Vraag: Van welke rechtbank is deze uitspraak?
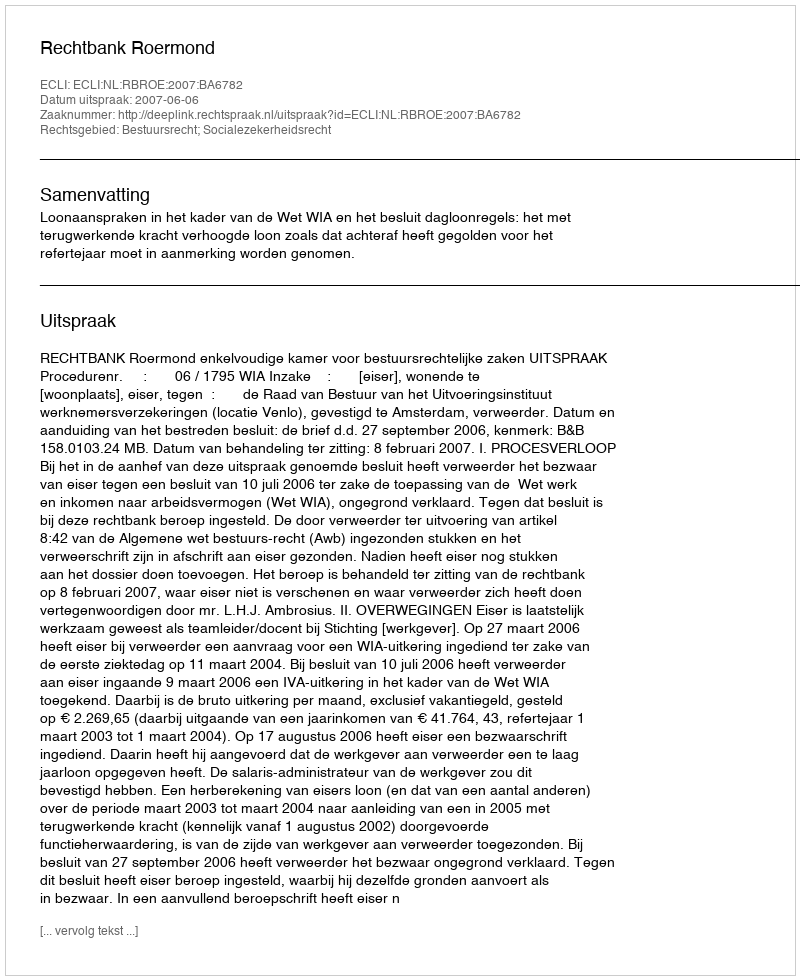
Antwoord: Rechtbank Roermond